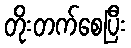
တိုးတက်စေပြီး